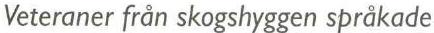
Veteraner från skogshyggen språkade